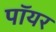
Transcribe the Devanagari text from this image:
पॉयर